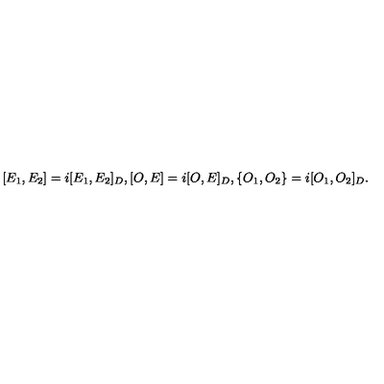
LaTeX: [ E _ { 1 } , E _ { 2 } ] = i [ E _ { 1 } , E _ { 2 } ] _ { D } , [ O , E ] = i [ O , E ] _ { D } , \{ O _ { 1 } , O _ { 2 } \} = i [ O _ { 1 } , O _ { 2 } ] _ { D } .